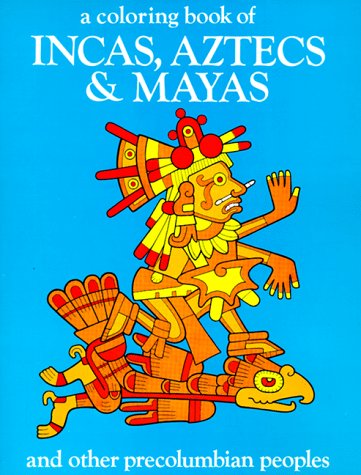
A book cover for Incas, Aztecs and Mayas-Coloring Book; Bellerophon Books; History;